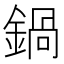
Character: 鍋